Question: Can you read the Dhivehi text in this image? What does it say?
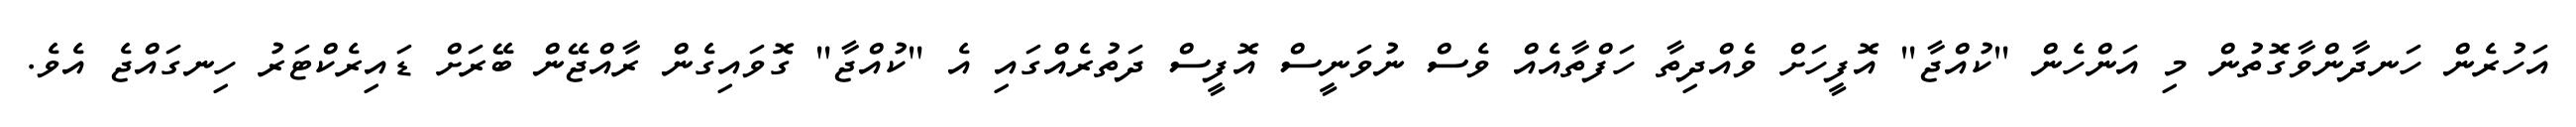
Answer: އަހުރެން ހަނދާންވާގޮތުން މި އަންހެން "ކުއްޖާ" އޮފީހަށް ވެއްދިތާ ހަފްތާއެއް ވެސް ނުވަނީސް އޮފީސް ދަތުރެއްގައި އެ "ކުއްޖާ" ގޮވައިގެން ރާއްޖޭން ބޭރަށް ޑައިރެކްޓަރު ހިނގައްޖެ އެވެ.